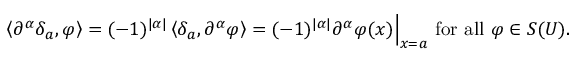
\left\langle \partial ^ { \alpha } \delta _ { a } , \varphi \right\rangle = ( - 1 ) ^ { | \alpha | } \left\langle \delta _ { a } , \partial ^ { \alpha } \varphi \right\rangle = ( - 1 ) ^ { | \alpha | } \partial ^ { \alpha } \varphi ( x ) { \Big | } _ { x = a } { \mathrm { ~ f o r ~ a l l ~ } } \varphi \in S ( U ) .